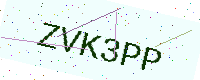
Text: ZVK3PP